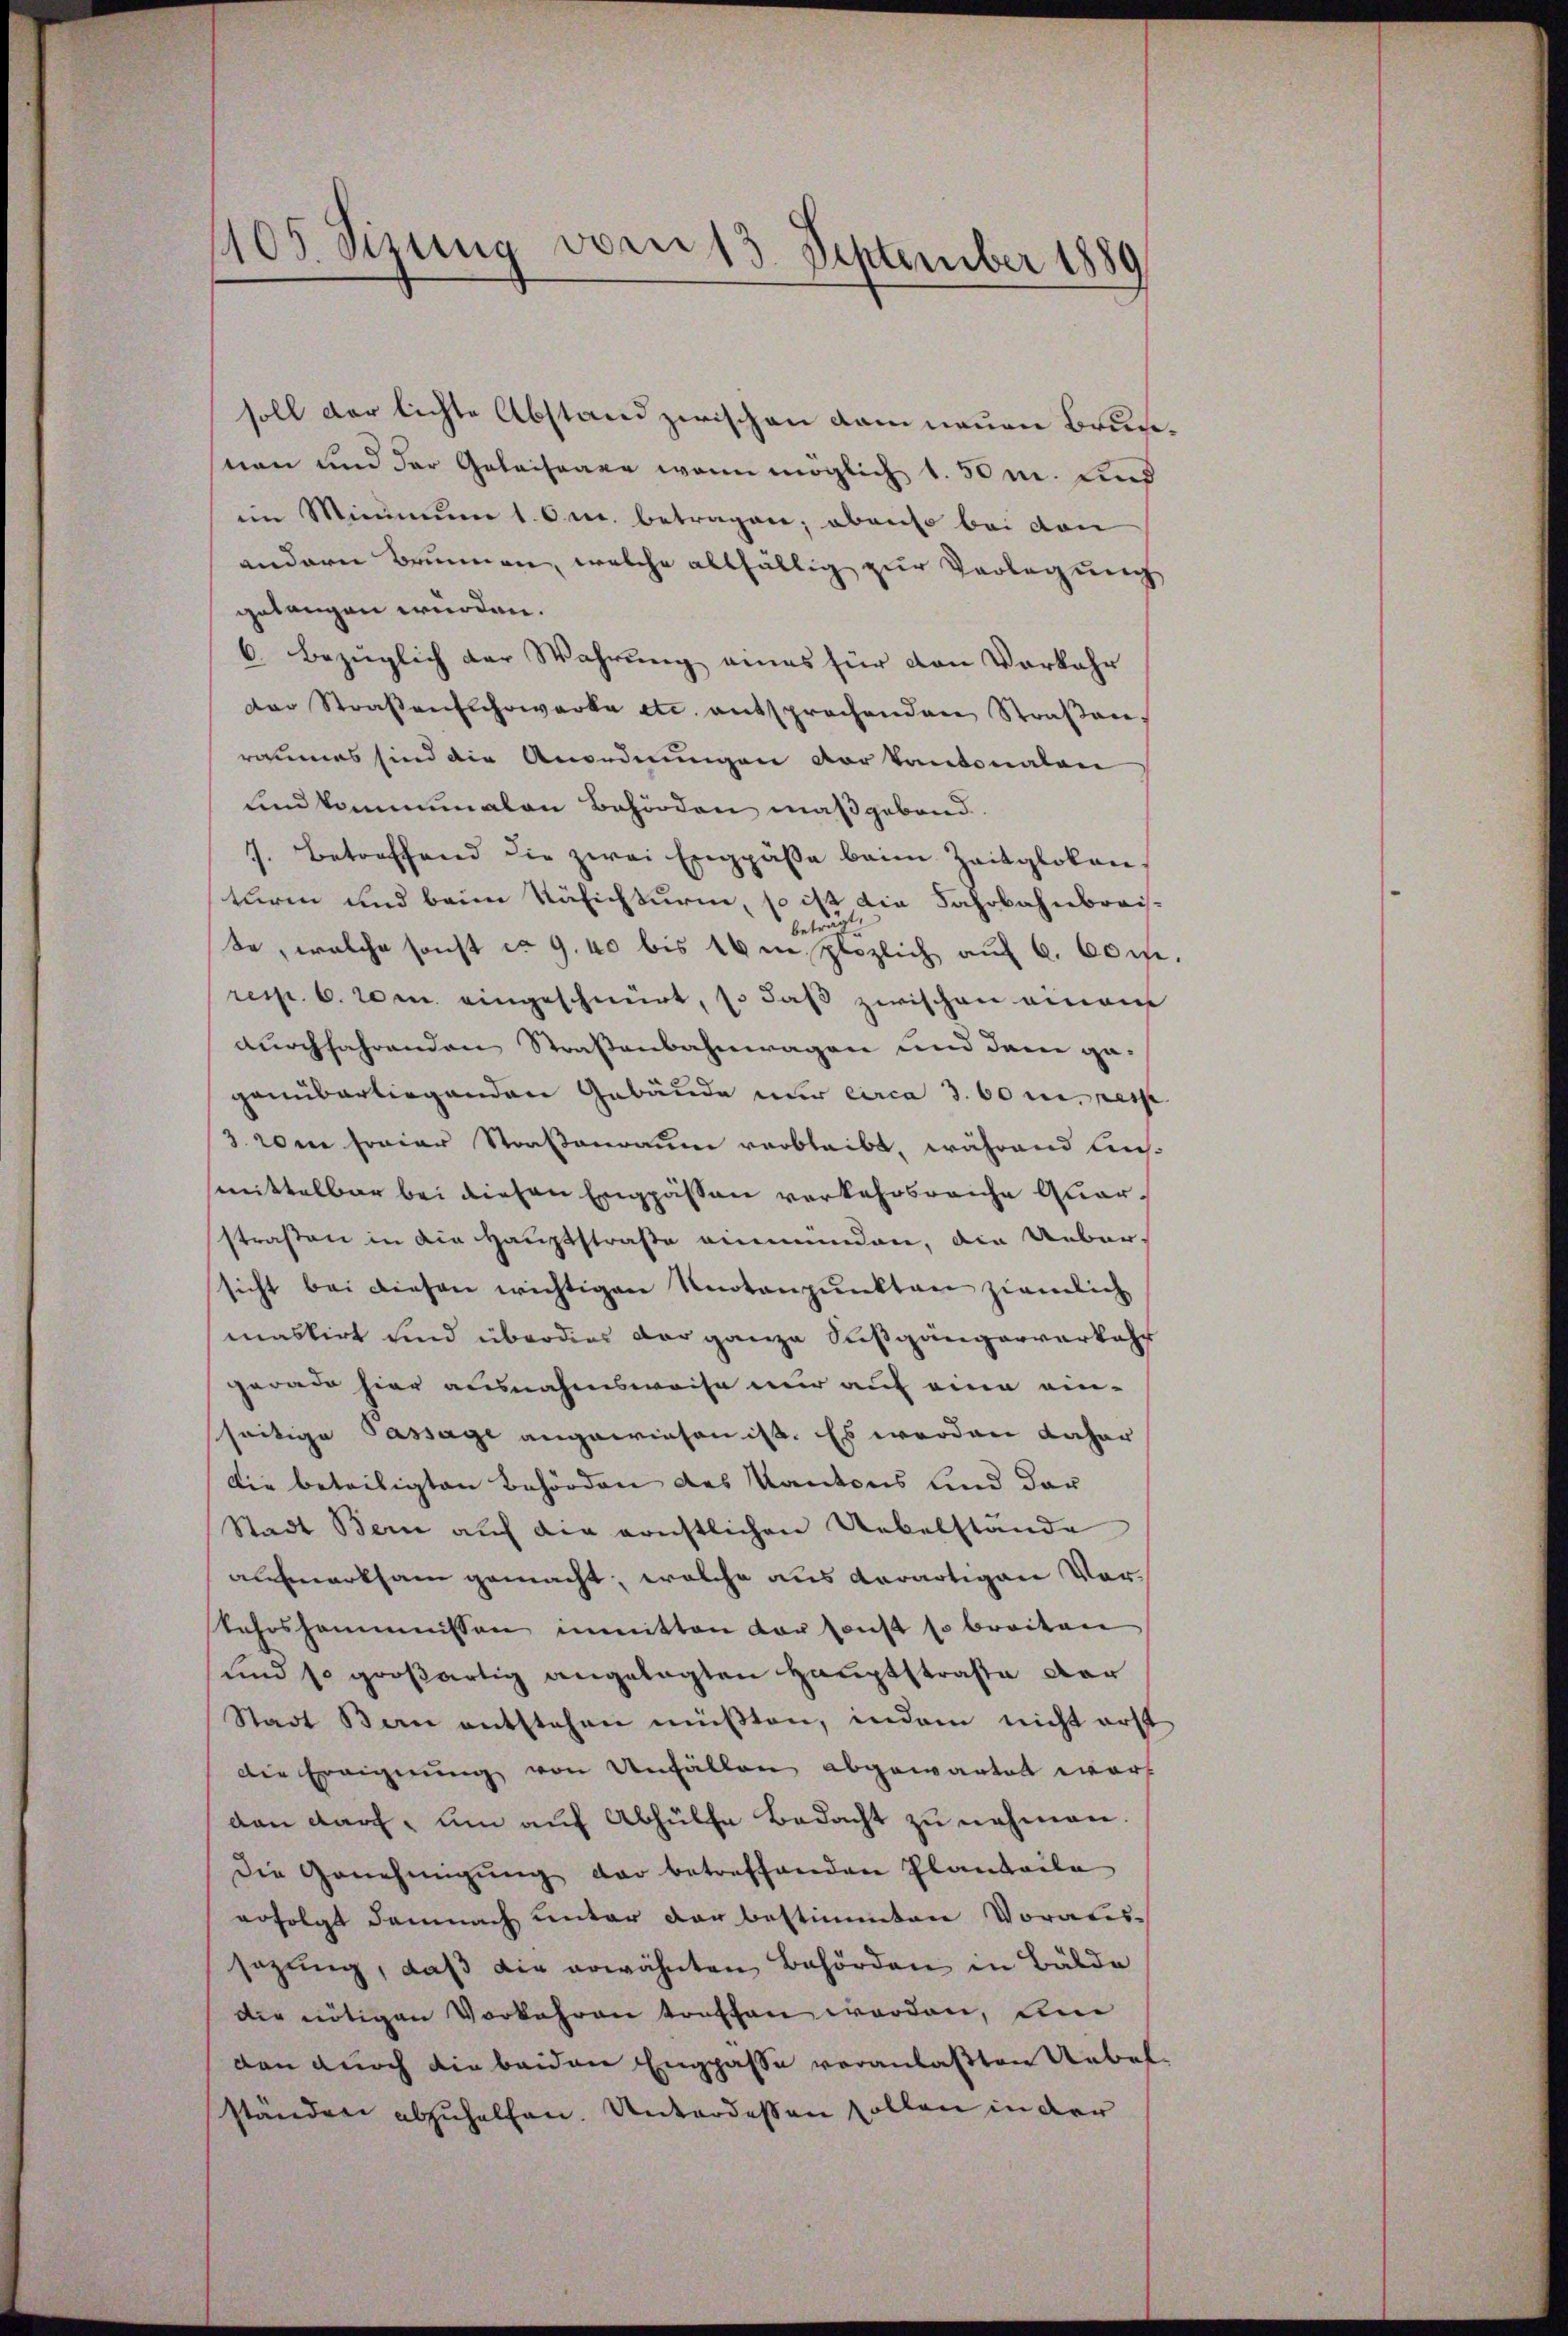
soll der lichte Abstand zwischen dem neuen Brunsnen und der Geleiseare wenn möglich 1.50 m. Lind
im Minimum 1. Oct. betragen; ebenso bei den
andern Brunnen, welche allfällig zur Vorlegung
gelangen wurden.
6. Bezüglich der Wahrung eines für den Vorkehr
der Straßenschwerke etc. entsprochenden Straβen.
raumes sind die Anordnungen der Kantonalen
und kommunalen Behörden maßgebend.
7. Betreffend die zwei Engpäße beim Zeitglokenturen und beim Käsichturm, so ist die Fahrbahnbreisbeträgt
te, welche sonst ca 9,40 bis 10 in plözlich auf 6. 60
resp. 6. 20 m. eingeschnürt, so daß zwischen einem
durchfahrenden Straßenbahnwagen und darin gagenüberliegenden Gebäude nur circa 3. 60 u. ress
3. den freier Straßenraum verbleibt, während Anmittelbar bei diesen Engpässen verkehrsreiche Quarstraßen in die Hauptstraße einmünden, die Uebersicht bei diesen wichtigen Knotenpunkten ziemlich
maskirt und überdies der ganze Susgängerverkehr
gerade hier ausnahmsweise nur auf eine einseitige Passage angewiesen ist. Es werden daher
Die beteiligten Behörden des Kantons sind der
Stadt Bern auf die ernstlichen Uebelstände
aufmerksam gemacht, welche aus derartigen Vorkehrshemmnissen inmitten vor sonst so breiten
und so großartig angelegten Hauptstraße der
Stadt Bern entstehen müβten, indem nicht erst
die Ereignung von Unfällen abgewartet wor
dan darf, um auf Abhülfe Bedacht zu nehmen.
Die Genehmigŭng der betreffenden Planteile
erfolgt demnach unter der bestimmten Voraus-
sazung, daß die erwähnten Behörden in Bälde
die nötigen Vorkehren treffen worden, un
den durch die beiden Engpasse veranlaßten Uebelständen abzuhelfen. Unterdessen sollen in der

405 Sizung vom 13. September 1889